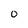
Character: O